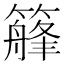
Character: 𥴣